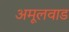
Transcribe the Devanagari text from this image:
अमूलवाड